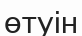
өтуін